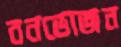
বনভোজন